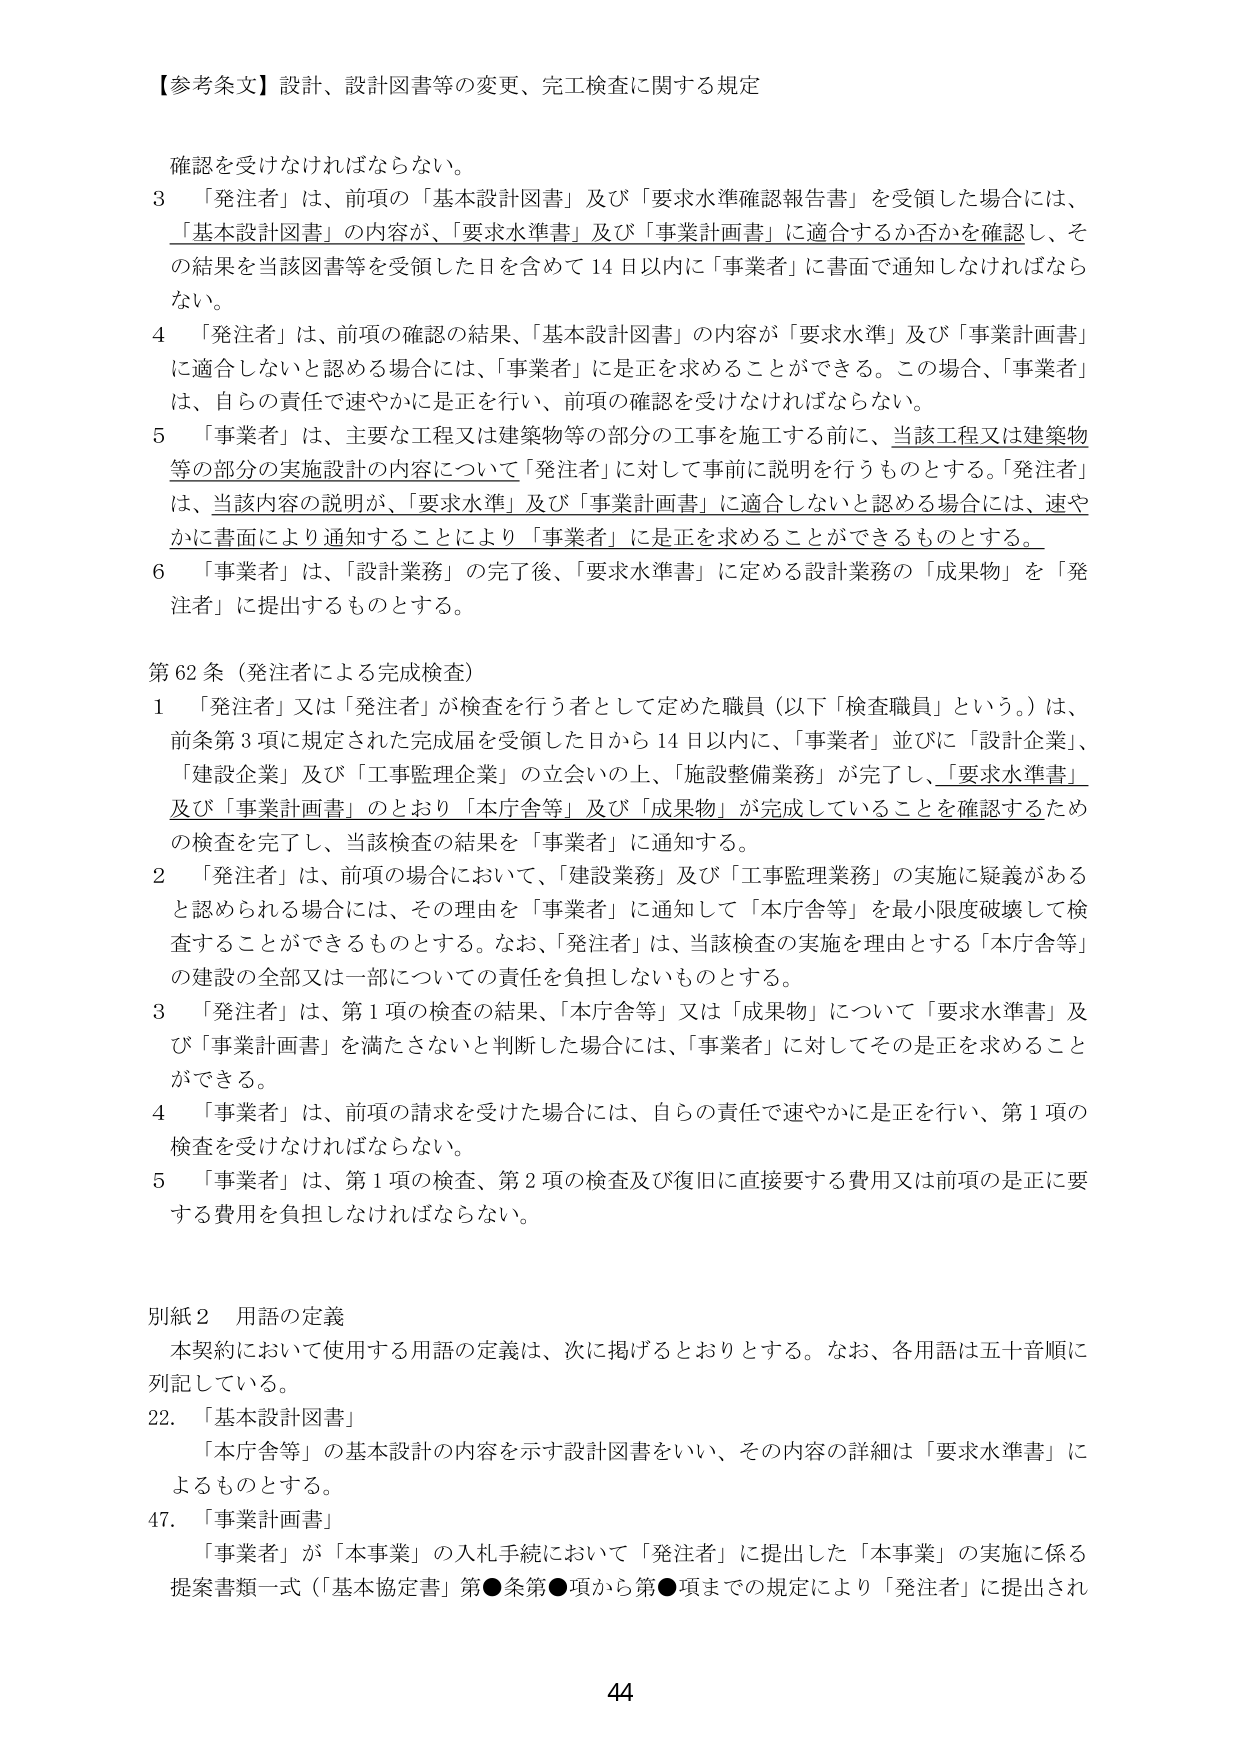
【参考条文】設計、設計図書等の変更、完工検査に関する規定

確認を受けなければならない。

3 「発注者」は、前項の「基本設計図書」及び「要求水準確認報告書」を受領した場合には、「基本設計図書」の内容が、「要求水準書」及び「事業計画書」に適合するか否かを確認し、その結果を当該図書等を受領した日を含めて14日以内に「事業者」に書面で通知しなければならない。

4 「発注者」は、前項の確認の結果、「基本設計図書」の内容が「要求水準」及び「事業計画書」に適合しないと認める場合には、「事業者」には是正を求めることができる。この場合、「事業者」は、自らの責任で速やかに是正を行い、前項の確認を受けなければならない。

5 「事業者」は、主要な工程又は建築物等の部分の工事を施工する前に、当該工程又は建築物等の部分の実施設計の内容について「発注者」に対して事前に説明を行うものとする。「発注者」は、当該内容の説明が、「要求水準」及び「事業計画書」に適合しないと認める場合には、速やかに書面により通知することにより「事業者」には是正を求めることができるものとする。

6 「事業者」は、「設計業務」の完了後、「要求水準書」に定める設計業務の「成果物」を「発注者」に提出するものとする。

第62条（発注者による完成検査）

1 「発注者」又は「発注者」が検査を行う者として定めた職員（以下「検査職員」という。）は、前条第3項に規定された完成届を受領した日から14日以内に、「事業者」並びに「設計企業」、「建設企業」及び「工事監理企業」の立会いの上、「施設整備業務」が完了し、「要求水準書」及び「事業計画書」のとおり「本庁舎等」及び「成果物」が完成していることを確認するための検査を完了し、当該検査の結果を「事業者」に通知する。

2 「発注者」は、前項の場合において、「建設業務」及び「工事監理業務」の実施に疑義があると認められる場合には、その理由を「事業者」に通知して「本庁舎等」を最小限度破壊して検査することができるものとする。なお、「発注者」は、当該検査の実施を理由とする「本庁舎等」の建設の全部又は一部についての責任を負担しないものとする。

3 「発注者」は、第1項の検査の結果、「本庁舎等」又は「成果物」について「要求水準書」及び「事業計画書」を満たさないと判断した場合には、「事業者」に対してその是正を求めることができる。

4 「事業者」は、前項の請求を受けた場合には、自らの責任で速やかに是正を行い、第1項の検査を受けなければならない。

5 「事業者」は、第1項の検査、第2項の検査及び復旧に直接要する費用又は前項の是正に要する費用を負担しなければならない。

別紙2 用語の定義

本契約において使用する用語の定義は、次に掲げるとおりとする。なお、各用語は五十音順に列記している。

22. 「基本設計図書」

「本庁舎等」の基本設計の内容を示す設計図書をいい、その内容の詳細は「要求水準書」によるものとする。

47. 「事業計画書」

「事業者」が「本事業」の入札手続において「発注者」に提出した「本事業」の実施に係る提案書類一式（「基本協定書」第●条第●項から第●項までの規定により「発注者」に提出され

44